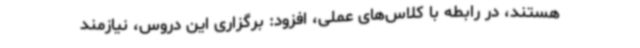
هستند، در رابطه با کلاس‌های عملی، افزود: برگزاری این دروس، نیازمند